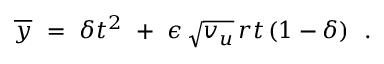
\overline { { { y } } } \ = \ \delta t ^ { 2 } \ + \ \epsilon \, \sqrt { v _ { u } } \, r t \, ( 1 - \delta ) \ \ .